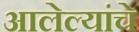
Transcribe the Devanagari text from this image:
आलेल्यांचे